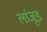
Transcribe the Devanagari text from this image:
लांजूड